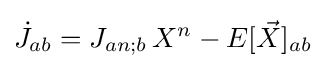
{\dot {J}}_{ab}=J_{an;b}\,X^{n}-E[{\vec {X}}]_{ab}